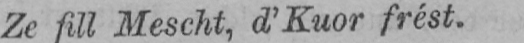
Ze fill Mescht, d’Kuor frést.